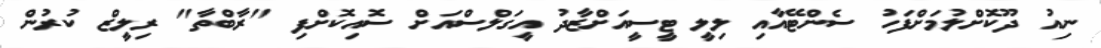
ނިއު ދޫކޮށްލުމަށްފަހު ސެންޓޭއާއި ލިލީ ޓީސީއަށްޒާދު އީގަލްސްއަށް ސޮއިކޮށްފި "ރާބްތާ" ރިލީޒް ކުރުން